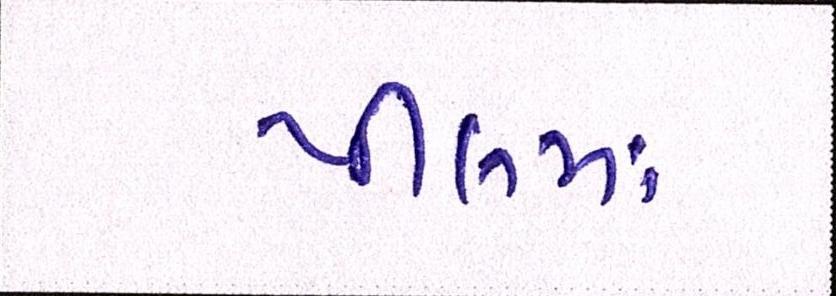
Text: પીલમાં